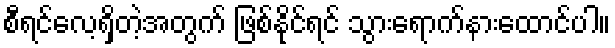
စီရင်လေ့ရှိတဲ့အတွက် ဖြစ်နိုင်ရင် သွားရောက်နားထောင်ပါ။